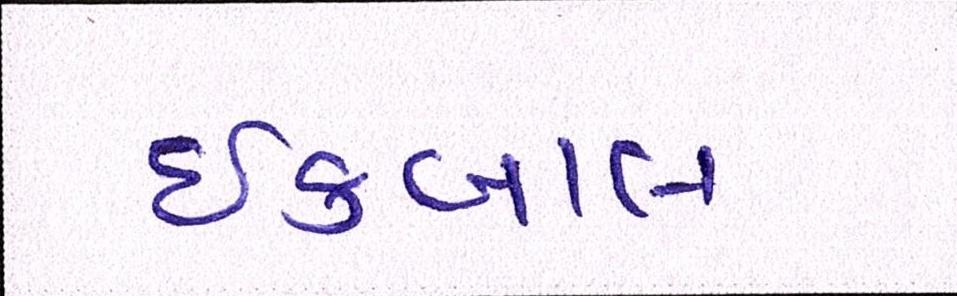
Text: ઈકબાલ